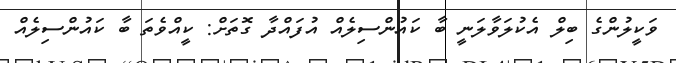
ވަކީލުންގެ ބިލް އެކުލަވާލަނީ ބާ ކައުންސިލެއް އުފައްދާ ގޮތަށް: ކީއްވެތަ ބާ ކައުންސިލެއް